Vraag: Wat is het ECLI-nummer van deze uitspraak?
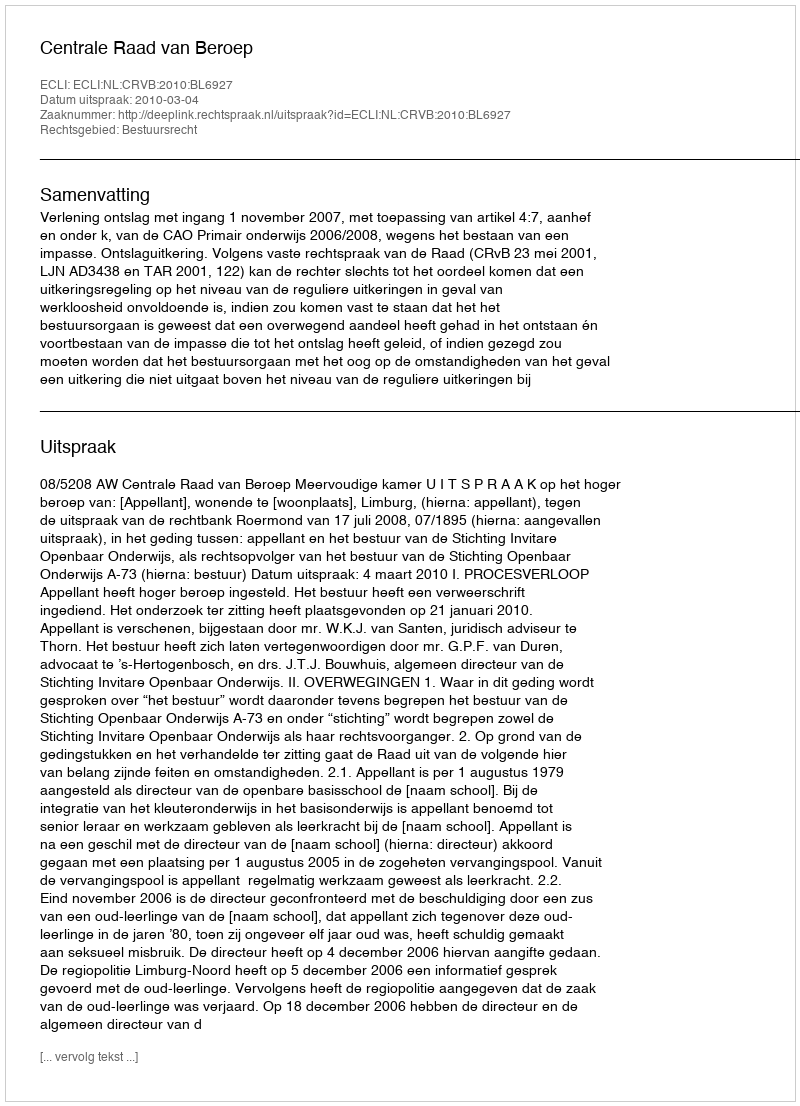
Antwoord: ECLI:NL:CRVB:2010:BL6927